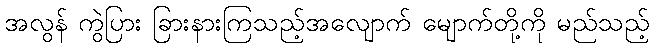
အလွန် ကွဲပြား ခြားနားကြသည့်အလျောက် မျောက်တို့ကို မည်သည့်